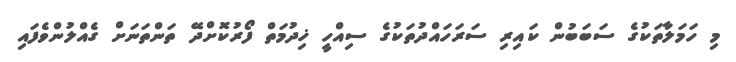
މި ހަމަލާތަކުގެ ސަބަބުން ކައިރި ސަރަހައްދުތަކުގެ ސިއްހީ ޚިދުމަތް ފޯރުކޮށްދޭ ތަންތަނަށް ގެއްލުންވެފައި